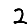
Digit: 2